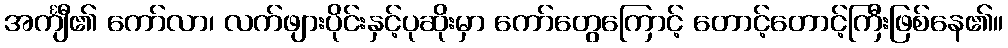
အင်္ကျီ၏ ကော်လာ၊ လက်ဖျားပိုင်းနှင့်ပုဆိုးမှာ ကော်တွေကြောင့် တောင့်တောင့်ကြီးဖြစ်နေ၏။